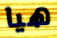
هيا